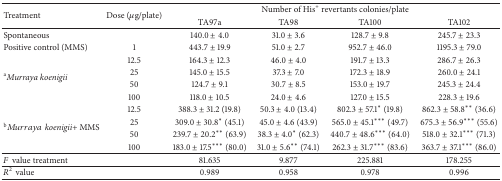
<table><thead><tr><td rowspan="2"><b>Treatment</b></td><td rowspan="2"><b>Dose (<i>μ</i>g/plate)</b></td><td colspan="4"><b>Number of His<sup>+</sup> revertants colonies/plate</b></td></tr><tr><td><b>TA97a</b></td><td><b>TA98</b></td><td><b>TA100</b></td><td><b>TA102</b></td></tr></thead><tbody><tr><td>Spontaneous</td><td> </td><td>140.0 ± 4.0</td><td>31.0 ± 3.6</td><td>128.7 ± 9.8</td><td>245.7 ± 23.3</td></tr><tr><td>Positive control (MMS)</td><td>1</td><td>443.7 ± 19.9</td><td>51.0 ± 2.7</td><td>952.7 ± 46.0</td><td>1195.3 ± 79.0</td></tr><tr><td rowspan="4"><sup>a</sup><i>Murraya koenigii </i></td><td>12.5</td><td>164.3 ± 12.3</td><td>46.0 ± 4.0</td><td>191.7 ± 13.3</td><td>286.7 ± 26.3</td></tr><tr><td>25</td><td>145.0 ± 15.5</td><td>37.3 ± 7.0</td><td>172.3 ± 18.9</td><td>260.0 ± 24.1</td></tr><tr><td>50</td><td>124.7 ± 9.1</td><td>30.7 ± 8.5</td><td>153.0 ± 19.7</td><td>245.3 ± 24.4</td></tr><tr><td>100</td><td>118.0 ± 10.5</td><td>24.0 ± 4.6</td><td>127.0 ± 15.5</td><td>228.3 ± 19.6</td></tr><tr><td rowspan="4"><sup>b</sup><i>Mu</i><i>rr</i><i>ay</i><i>a</i><i>koenigii</i>+ MMS</td><td> 12.5</td><td>388.3 ± 31.2 (19.8)</td><td>50.3 ± 4.0 (13.4)</td><td>802.3 ± 57.1* (19.8)</td><td>862.3 ± 58.8** (36.6)</td></tr><tr><td> 25</td><td>309.0 ± 30.8* (45.1)</td><td>45.0 ± 4.6 (43.9)</td><td>565.0 ± 45.1*** (49.7)</td><td>675.3 ± 56.9*** (55.6)</td></tr><tr><td> 50</td><td>239.7 ± 20.2** (63.9)</td><td>38.3 ± 4.0* (62.3)</td><td>440.7 ± 48.6*** (64.0)</td><td>518.0 ± 32.1*** (71.3)</td></tr><tr><td>100</td><td>183.0 ± 17.5*** (80.0)</td><td>31.0 ± 5.6** (74.1)</td><td>262.3 ± 31.7*** (83.6)</td><td>363.7 ± 37.1*** (86.0)</td></tr><tr><td><i>F</i>value treatment</td><td> </td><td>81.635</td><td>9.877</td><td>225.881</td><td>178.255</td></tr><tr><td><i>R</i><sup>2</sup>value</td><td> </td><td>0.989</td><td>0.958</td><td>0.978</td><td>0.996</td></tr></tbody></table>